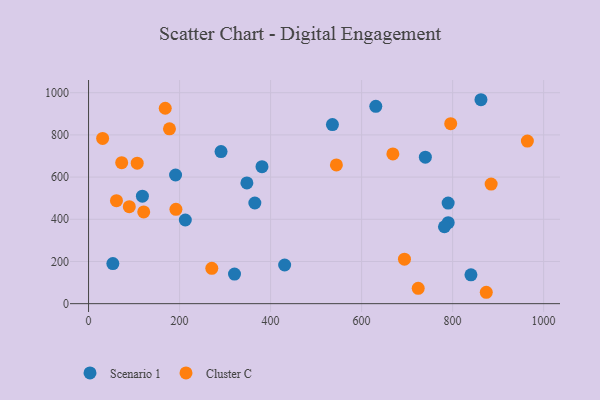
{"axis": {"x": "Speed", "y": "Fuel Efficiency"}, "legend": ["Cluster C", "Scenario 1"], "data": [{"x": "790.3", "y": 384.0, "type": "Scenario 1"}, {"x": "212.6", "y": 396.5, "type": "Scenario 1"}, {"x": "535.9", "y": 849.0, "type": "Scenario 1"}, {"x": "347.9", "y": 572.5, "type": "Scenario 1"}, {"x": "430.9", "y": 183.4, "type": "Scenario 1"}, {"x": "862.3", "y": 966.7, "type": "Scenario 1"}, {"x": "291.1", "y": 720.7, "type": "Scenario 1"}, {"x": "790.2", "y": 476.6, "type": "Scenario 1"}, {"x": "631.2", "y": 935.3, "type": "Scenario 1"}, {"x": "840.3", "y": 136.5, "type": "Scenario 1"}, {"x": "191.2", "y": 610.0, "type": "Scenario 1"}, {"x": "782.1", "y": 364.5, "type": "Scenario 1"}, {"x": "381.1", "y": 649.4, "type": "Scenario 1"}, {"x": "740.1", "y": 694.2, "type": "Scenario 1"}, {"x": "365.4", "y": 477.2, "type": "Scenario 1"}, {"x": "320.7", "y": 140.5, "type": "Scenario 1"}, {"x": "118.3", "y": 509.7, "type": "Scenario 1"}, {"x": "53.4", "y": 190.0, "type": "Scenario 1"}, {"x": "30.9", "y": 783.2, "type": "Cluster C"}, {"x": "177.8", "y": 829.0, "type": "Cluster C"}, {"x": "61.3", "y": 488.1, "type": "Cluster C"}, {"x": "668.7", "y": 709.6, "type": "Cluster C"}, {"x": "795.8", "y": 853.1, "type": "Cluster C"}, {"x": "106.9", "y": 665.9, "type": "Cluster C"}, {"x": "964.3", "y": 770.9, "type": "Cluster C"}, {"x": "884.7", "y": 566.8, "type": "Cluster C"}, {"x": "874.0", "y": 54.0, "type": "Cluster C"}, {"x": "724.4", "y": 72.5, "type": "Cluster C"}, {"x": "544.6", "y": 657.6, "type": "Cluster C"}, {"x": "694.2", "y": 211.0, "type": "Cluster C"}, {"x": "121.2", "y": 434.8, "type": "Cluster C"}, {"x": "89.5", "y": 459.6, "type": "Cluster C"}, {"x": "168.5", "y": 926.4, "type": "Cluster C"}, {"x": "270.8", "y": 167.7, "type": "Cluster C"}, {"x": "192.0", "y": 447.3, "type": "Cluster C"}, {"x": "72.8", "y": 668.4, "type": "Cluster C"}]}